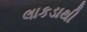
લાકડાથી